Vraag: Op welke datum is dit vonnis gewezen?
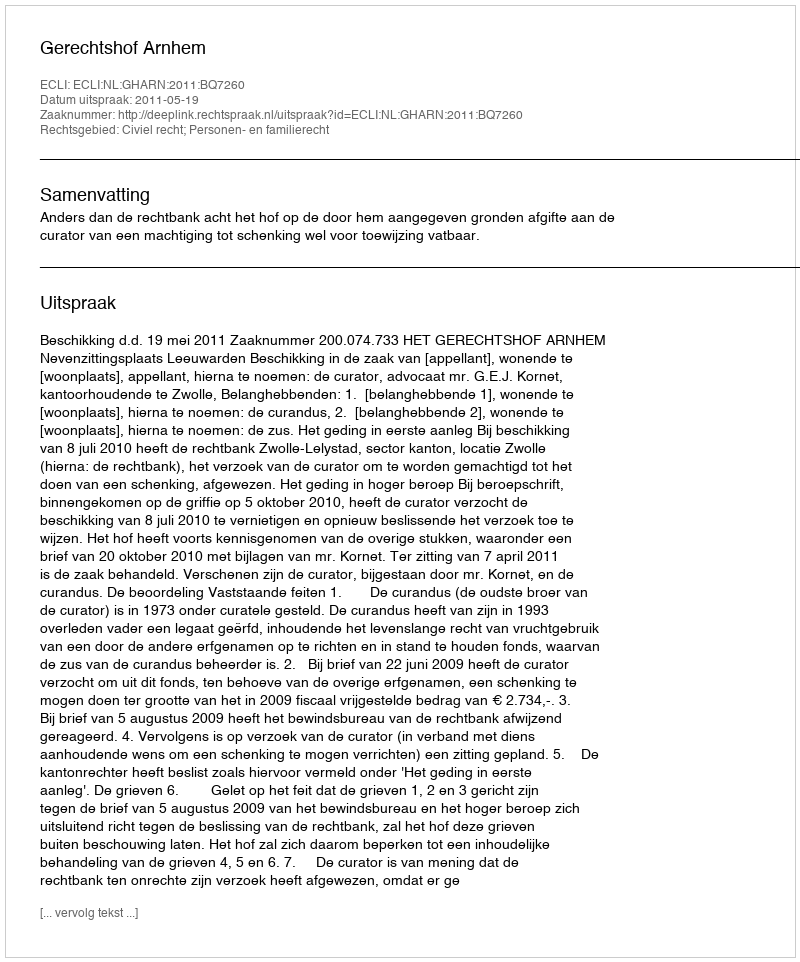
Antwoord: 2011-05-19